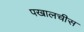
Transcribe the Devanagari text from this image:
पखालचीस